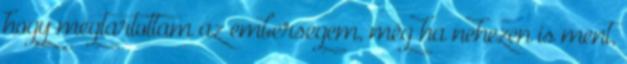
hogy megtartottam az emberségem, még ha nehezen is ment,